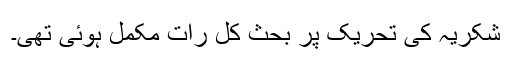
شکریہ کی تحریک پر بحث کل رات مکمل ہوئی تھی۔